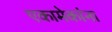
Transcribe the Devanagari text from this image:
एकामेकांना